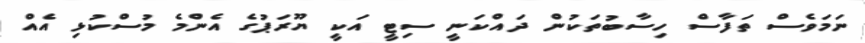
ނަަމަވެސް ތަފާސް ހިސާބުތަކުން ދައްކަނީ ސިޓީ އަކީ ޔޫރަޕުގެ އެންމެ މުސްކުޅި އެއް